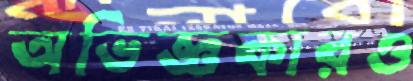
অভিজ্ঞকারও